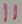
Text: 11